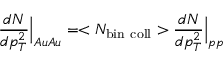
{ \frac { d N } { d p _ { T } ^ { 2 } } } \Big | _ { A u A u } = < N _ { \mathrm { b i n ~ c o l l } } > { \frac { d N } { d p _ { T } ^ { 2 } } } \Big | _ { p p }